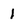
Character: 1